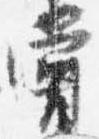
嘗